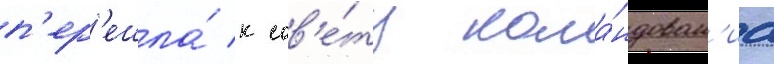
п'ер'ешла́ к сов'е́ту кома́ндован'иа